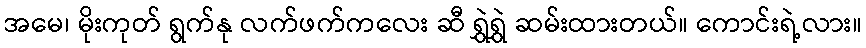
အမေ၊ မိုးကုတ် ရွက်နု လက်ဖက်ကလေး ဆီ ရွှဲရွှဲ ဆမ်းထားတယ်။ ကောင်းရဲ့လား။